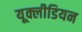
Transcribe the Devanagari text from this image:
यूक्लीडियन